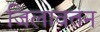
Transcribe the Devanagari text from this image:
जिलावतन